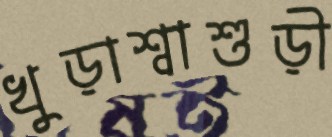
খুড়াশ্বাশুড়ী